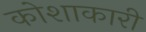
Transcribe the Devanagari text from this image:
कोशाकारी